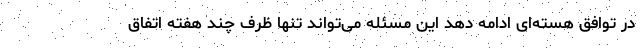
در توافق هسته‌ای ادامه دهد این مسئله می‌تواند تنها ظرف چند هفته اتفاق